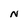
Character: N